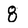
Character: 8